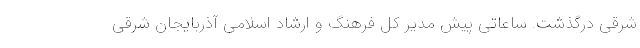
شرقی درگذشت. ساعاتی پیش مدیر کل فرهنگ و ارشاد اسلامی آذربایجان شرقی